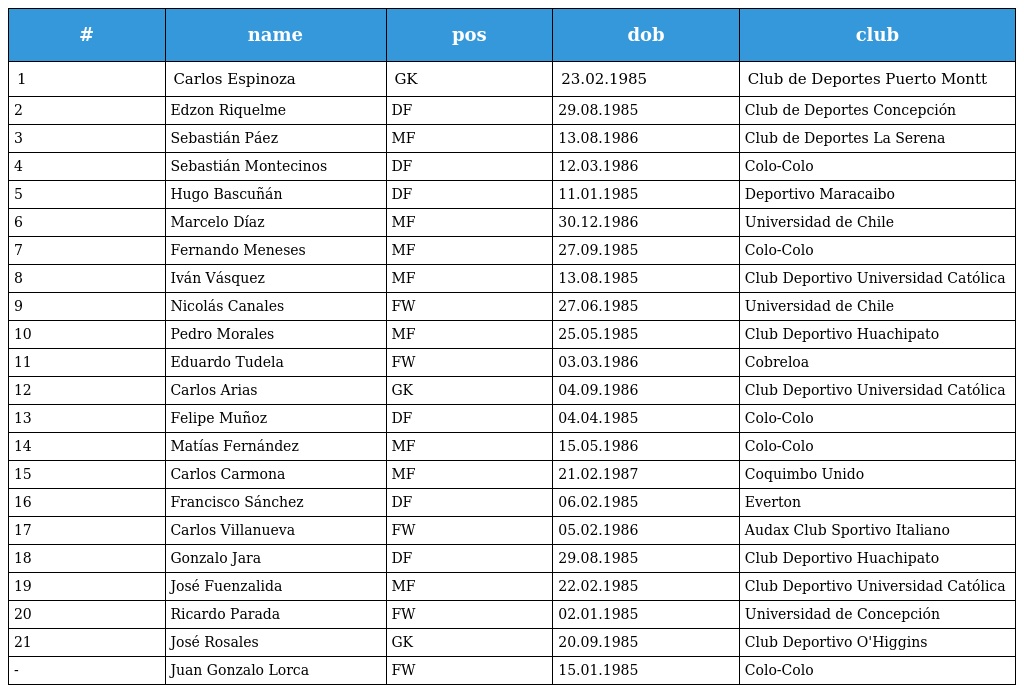
| # | name | pos | dob | club |
 | --- | --- | --- | --- | --- |
 | 1 | Carlos Espinoza | GK | 23.02.1985 | Club de Deportes Puerto Montt |
 | 2 | Edzon Riquelme | DF | 29.08.1985 | Club de Deportes Concepción |
 | 3 | Sebastián Páez | MF | 13.08.1986 | Club de Deportes La Serena |
 | 4 | Sebastián Montecinos | DF | 12.03.1986 | Colo-Colo |
 | 5 | Hugo Bascuñán | DF | 11.01.1985 | Deportivo Maracaibo |
 | 6 | Marcelo Díaz | MF | 30.12.1986 | Universidad de Chile |
 | 7 | Fernando Meneses | MF | 27.09.1985 | Colo-Colo |
 | 8 | Iván Vásquez | MF | 13.08.1985 | Club Deportivo Universidad Católica |
 | 9 | Nicolás Canales | FW | 27.06.1985 | Universidad de Chile |
 | 10 | Pedro Morales | MF | 25.05.1985 | Club Deportivo Huachipato |
 | 11 | Eduardo Tudela | FW | 03.03.1986 | Cobreloa |
 | 12 | Carlos Arias | GK | 04.09.1986 | Club Deportivo Universidad Católica |
 | 13 | Felipe Muñoz | DF | 04.04.1985 | Colo-Colo |
 | 14 | Matías Fernández | MF | 15.05.1986 | Colo-Colo |
 | 15 | Carlos Carmona | MF | 21.02.1987 | Coquimbo Unido |
 | 16 | Francisco Sánchez | DF | 06.02.1985 | Everton |
 | 17 | Carlos Villanueva | FW | 05.02.1986 | Audax Club Sportivo Italiano |
 | 18 | Gonzalo Jara | DF | 29.08.1985 | Club Deportivo Huachipato |
 | 19 | José Fuenzalida | MF | 22.02.1985 | Club Deportivo Universidad Católica |
 | 20 | Ricardo Parada | FW | 02.01.1985 | Universidad de Concepción |
 | 21 | José Rosales | GK | 20.09.1985 | Club Deportivo O'Higgins |
 | - | Juan Gonzalo Lorca | FW | 15.01.1985 | Colo-Colo |